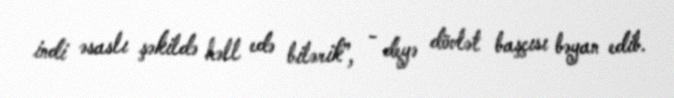
indi əsaslı şəkildə həll edə bilərik”, - deyə dövlət başçısı bəyan edib.